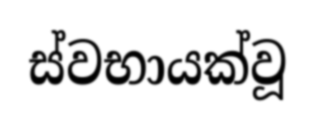
ස්වභායක්වූ